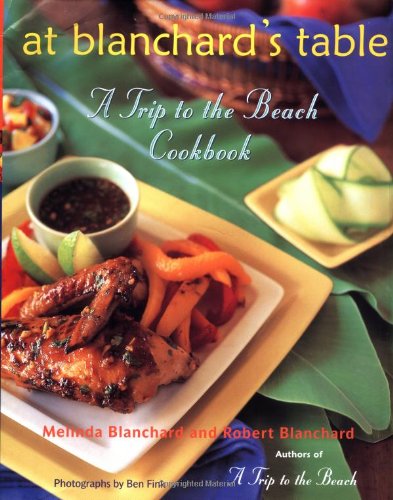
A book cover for At Blanchard's Table: A Trip to the Beach Cookbook; Melinda Blanchard; Cookbooks, Food & Wine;